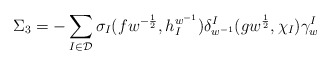
\begin{align*}\Sigma_{3}=-\sum_{I\in\mathcal D}\sigma_{I}(fw^{-\frac12},h_{I}^{w^{-1}})\delta_{w^{-1}}^{I}(gw^{\frac12},\chi_{I})\gamma_{w}^{I}\end{align*}